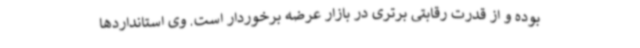
بوده و از قدرت رقابتی برتری در بازار عرضه برخوردار است. وی استانداردها